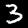
Label: 3